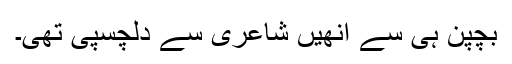
بچپن ہی سے انھیں شاعری سے دلچسپی تھی۔